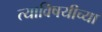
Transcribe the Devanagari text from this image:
त्याविषयीच्या